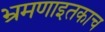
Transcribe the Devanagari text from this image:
भ्रमणाइतकाच